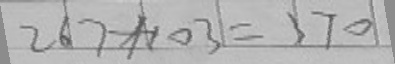
2 6 7 + 1 0 3 = 3 7 0